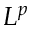
L ^ { p }